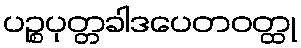
ပဉ္စပုတ္တခါဒပေတဝတ္ထု